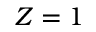
Z = 1